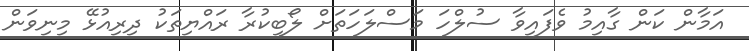
އަމާން ކަން ގާއިމު ވެފައިވާ ސުލްހަ މަސްލަހަތަށް ލޯބިކުރާ ރައްޔިތަކު ދިރިއުޅޭ މިނިވަން